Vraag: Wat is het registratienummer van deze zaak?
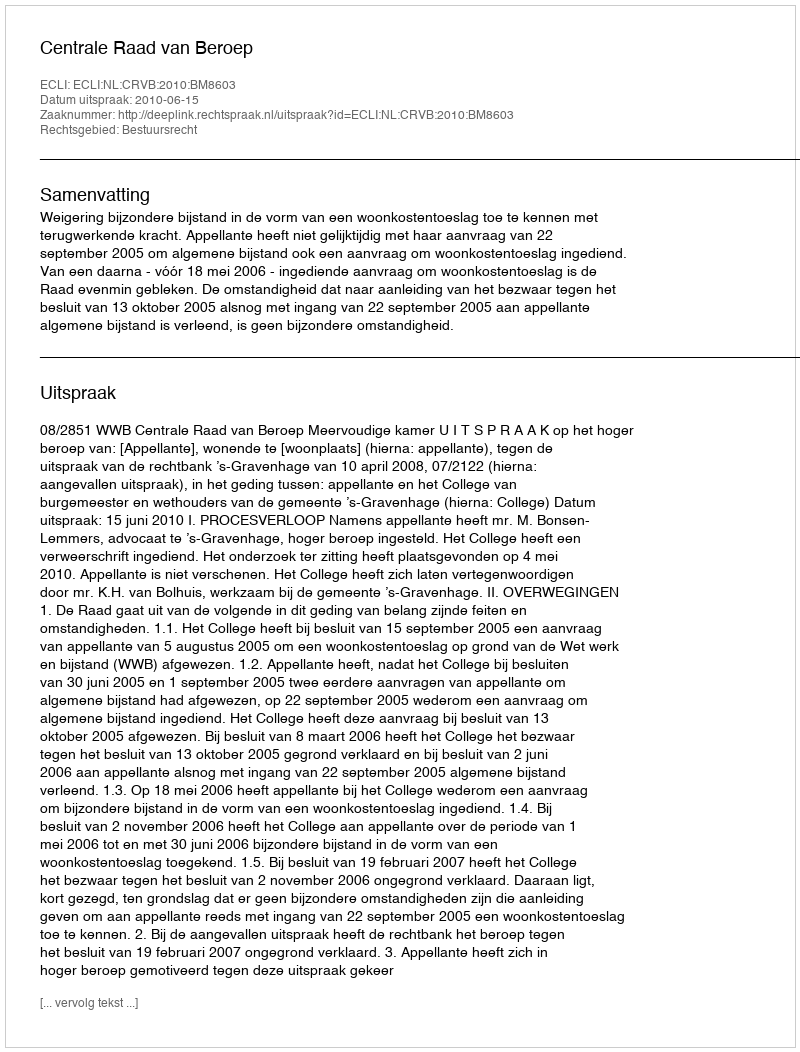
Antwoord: http://deeplink.rechtspraak.nl/uitspraak?id=ECLI:NL:CRVB:2010:BM8603